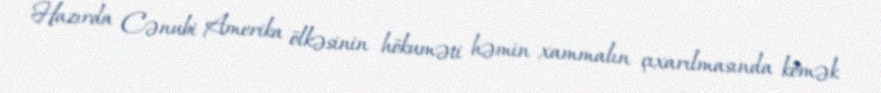
Hazırda Cənubi Amerika ölkəsinin hökuməti həmin xammalın çıxarılmasında kömək